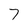
Character: 7